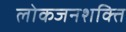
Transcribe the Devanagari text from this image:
लोकजनशक्ति